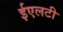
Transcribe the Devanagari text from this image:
ईएलटी